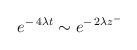
LaTeX: \begin{align*}\:e^{-\,4\lambda t} \sim e^{-\,2\lambda z^{-}}\:\end{align*}